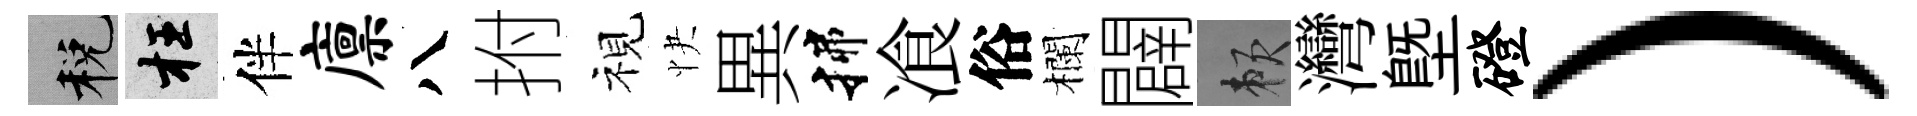
税枉伴廪八拊視快異揲飡俗欄闢賴灣塈磴）